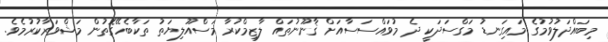
މިބައްދަލުވުމުގެ މައިގަނޑު މަގްސަދަކީ ދެ މުވައްސަސާއަށް ޤާނޫނުތައް ލާޒިމްކުރާ މަސްއޫލިޔަތު ތަކާބެހޭގޮތުން މަޝްވަރާކުރުމެވެ.